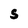
Character: S